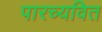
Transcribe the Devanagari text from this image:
पारच्यवित